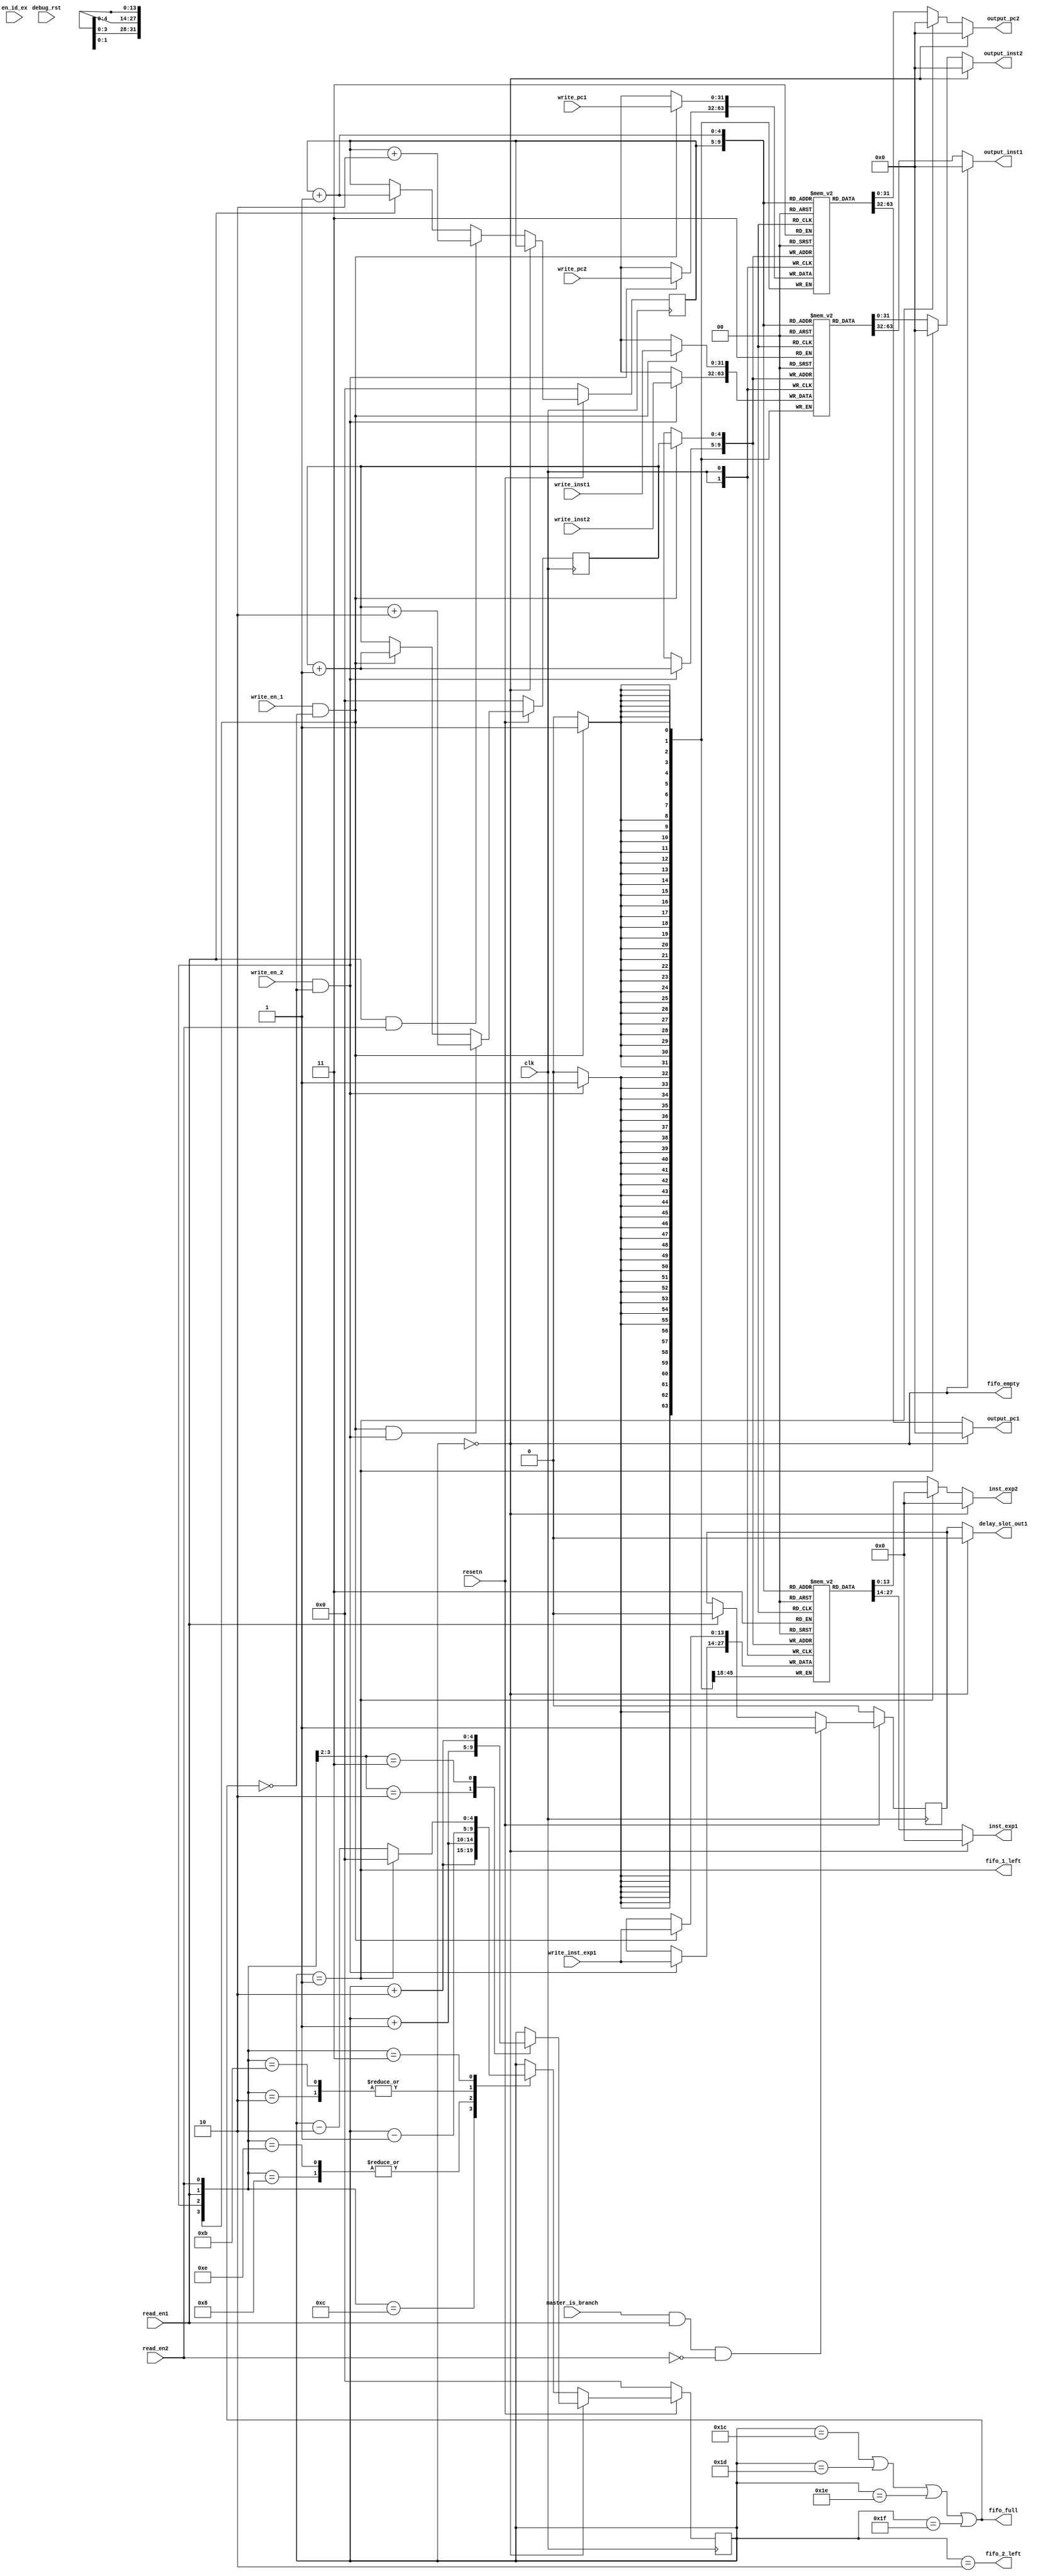
module instruction_fifo(
        input                       clk,
        input                       debug_rst,
        input                       resetn,
        input                       master_is_branch,
        input                       en_id_ex,
        input                       read_en1,
        input                       read_en2,
        input                       write_en_1,
        input                       write_en_2,
        input [31:0]                write_inst1,
        input [13:0]                write_inst_exp1,
        input [31:0]                write_pc1,
        input [31:0]                write_inst2,
        input [31:0]                write_pc2,

        output reg [31:0]         output_inst1,
        output reg [31:0]         output_inst2,
        output reg [31:0]         output_pc1,
        output reg [31:0]         output_pc2,
        output reg [13:0]         inst_exp1,
        output reg [13:0]         inst_exp2,
        output reg                delay_slot_out1,
        output                 fifo_empty,
        output                 fifo_1_left,
        output                 fifo_2_left,
        output                 fifo_full
        //output                 fifo_almost_full,
);

    //qfs
    wire write_en1 = write_en_1 && !fifo_full;
    wire write_en2 = write_en_2 && !fifo_full;
    //qfs
    reg    is_in_delayslot;
    reg [31:0]  inst[0:31];
    reg [31:0]  pc_value[0:31];
    reg [13:0]  inst_exp[0:31];


    reg [4:0] ptr_wr;
    reg [4:0] ptr_rd;
    reg [4:0] sum_inst;


    assign fifo_full     = (sum_inst == 5'd28 || sum_inst == 5'd29|| sum_inst == 5'd30 || sum_inst == 5'd31);
    assign fifo_empty    = (sum_inst == 5'd0);
    assign fifo_1_left = (sum_inst == 5'd1);
    assign fifo_2_left = (sum_inst == 5'd2);

    wire [31:0] now_output_inst1 = inst[ptr_rd];
    wire [31:0] now_output_inst2 = inst[ptr_rd + 5'd1];
    wire [31:0] now_output_pc1 = pc_value[ptr_rd];
    wire [31:0] now_output_pc2 = pc_value[ptr_rd + 5'd1];
    wire [13:0] now_inst_exp1 = inst_exp[ptr_rd];
    wire [13:0] now_inst_exp2 = inst_exp[ptr_rd + 5'd1];

    


//issue
    always@(*) begin : select_output
        if(fifo_empty) begin
            output_inst1       = 32'd0;
            output_inst2       = 32'd0;
            output_pc1    = 32'd0;
            output_pc2    = 32'd0;
            inst_exp1       = 14'd0;
            inst_exp2       = 14'd0;
            delay_slot_out1 = 1'd0;
        end
        else if(fifo_1_left) begin
            output_inst1       = now_output_inst1;
            output_inst2       = 32'd0;
            output_pc1    = now_output_pc1;
            output_pc2    = 32'd0;
            inst_exp1       = now_inst_exp1;
            inst_exp2       = 14'd0;
            delay_slot_out1 = is_in_delayslot;
        end 
        else begin
            output_inst1       = now_output_inst1;
            output_inst2       = now_output_inst2;
            output_pc1    = now_output_pc1;
            output_pc2    = now_output_pc2;
            inst_exp1       = now_inst_exp1;
            inst_exp2       = now_inst_exp2;
            delay_slot_out1 = is_in_delayslot;
        end
    end

    always @(posedge clk) begin 
        if(!resetn)
            is_in_delayslot <= 1'd0;
        else if(master_is_branch && read_en1&& !read_en2) begin
            is_in_delayslot <= 1'd1;
        end
        else if(read_en1)
            is_in_delayslot <= 1'd0;
    end



//update ptr
    always @(posedge clk) begin 
        if(!resetn)
            ptr_wr <= 5'd0;
        else if(write_en1 && write_en2)
            ptr_wr <= ptr_wr + 5'd2;
        else if(write_en1)
            ptr_wr <= ptr_wr + 5'd1;
    end

    always @(posedge clk) begin 
        if(!resetn)
            ptr_rd <= 5'd0;
        else if(fifo_empty)
            ptr_rd <= ptr_rd;
        else if(read_en1 && read_en2)begin
            ptr_rd <= ptr_rd + 5'd2;
            //$display("fifo isssu two! pc1=%8h,pc2=%8h",now_output_pc1,now_output_pc2);
        end
        else if(read_en1)begin
            ptr_rd <= ptr_rd + 5'd1;
            //$display("fifo isssu one ! pc1=%8h",now_output_pc1);
        end
    end

//update counter
    always @(posedge clk) begin
        if(!resetn)
            sum_inst <= 5'd0;
        else if(fifo_empty) begin
            case({write_en1, write_en2})
            2'b10: begin
                sum_inst  <= sum_inst + 5'd1;
            end
            2'b11: begin
                sum_inst  <= sum_inst + 5'd2;
            end
            default:
                sum_inst  <= sum_inst;
            endcase
        end
        else begin
            case({write_en1, write_en2, read_en1, read_en2})
            4'b1100: begin
                sum_inst  <= sum_inst + 5'd2;
            //$display("Fifo's left instrion is 0x%5b and add 2",sum_inst);
            end
            4'b1110, 4'b1000: begin
                sum_inst  <= sum_inst + 5'd1;
            //$display("Fifo's left instrion is 0x%5b and add 1",sum_inst);
            end
            4'b1011, 4'b0010: begin
                sum_inst  <= sum_inst - 5'd1;
            end
            4'b0011: begin
                sum_inst  <= sum_inst == 5'd1 ? 5'd0 : sum_inst - 5'd2;
            end
            default:
                sum_inst  <= sum_inst;
            endcase
        end
    end

//write in new
    always @(posedge clk) begin
        if(write_en1 ) begin
            inst[ptr_wr] <= write_inst1;
            pc_value[ptr_wr] <= write_pc1;
            inst_exp[ptr_wr] <= write_inst_exp1;
        end
        if(write_en2 ) begin
            inst[ptr_wr + 5'd1] <= write_inst2;
            pc_value[ptr_wr + 5'd1] <= write_pc2;
            inst_exp[ptr_wr + 5'd1] <= write_inst_exp1; 
        end
    end


endmodule